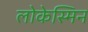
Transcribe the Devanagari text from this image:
लोकेस्मिन